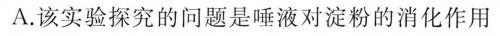
A.该实验探究的问题是唾液对淀粉的消化作用